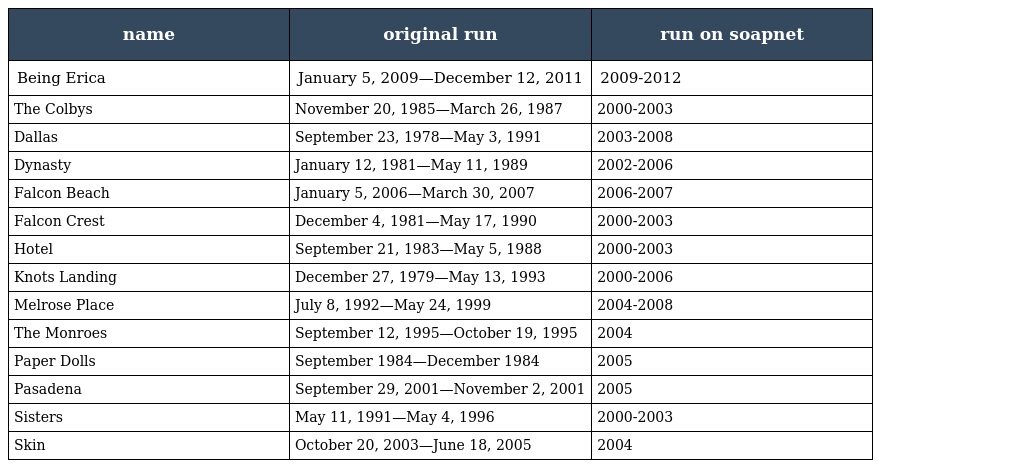
| name | original run | run on soapnet |
 | --- | --- | --- |
 | Being Erica | January 5, 2009—December 12, 2011 | 2009-2012 |
 | The Colbys | November 20, 1985—March 26, 1987 | 2000-2003 |
 | Dallas | September 23, 1978—May 3, 1991 | 2003-2008 |
 | Dynasty | January 12, 1981—May 11, 1989 | 2002-2006 |
 | Falcon Beach | January 5, 2006—March 30, 2007 | 2006-2007 |
 | Falcon Crest | December 4, 1981—May 17, 1990 | 2000-2003 |
 | Hotel | September 21, 1983—May 5, 1988 | 2000-2003 |
 | Knots Landing | December 27, 1979—May 13, 1993 | 2000-2006 |
 | Melrose Place | July 8, 1992—May 24, 1999 | 2004-2008 |
 | The Monroes | September 12, 1995—October 19, 1995 | 2004 |
 | Paper Dolls | September 1984—December 1984 | 2005 |
 | Pasadena | September 29, 2001—November 2, 2001 | 2005 |
 | Sisters | May 11, 1991—May 4, 1996 | 2000-2003 |
 | Skin | October 20, 2003—June 18, 2005 | 2004 |